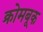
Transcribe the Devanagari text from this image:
क्रोमबूक